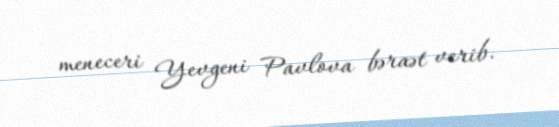
meneceri Yevgeni Pavlova bəraət verib.